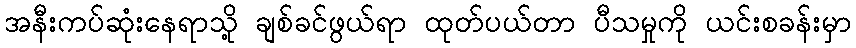
အနီးကပ်ဆုံးနေရာသို့ ချစ်ခင်ဖွယ်ရာ ထုတ်ပယ်တာ ပီသမှုကို ယင်းစခန်းမှာ